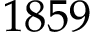
1 8 5 9